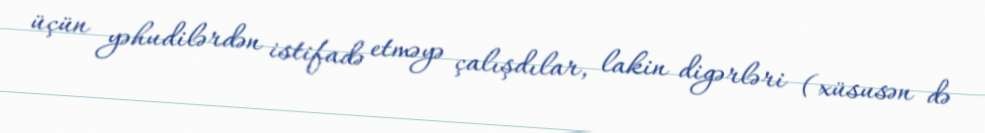
üçün yəhudilərdən istifadə etməyə çalışdılar, lakin digərləri (xüsusən də